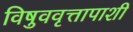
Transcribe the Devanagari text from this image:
विषुववृत्तापाशी